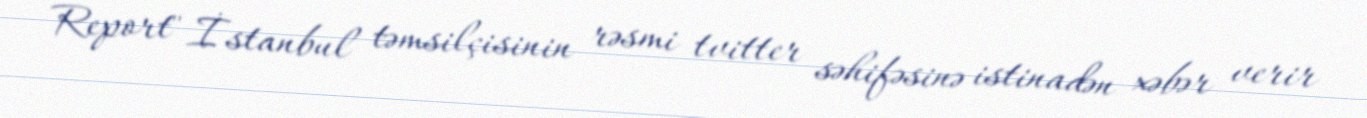
Report" İstanbul təmsilçisinin rəsmi tvitter səhifəsinə istinadən xəbər verir